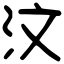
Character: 汶